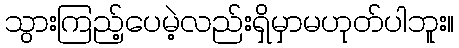
သွားကြည့်ပေမဲ့လည်းရှိမှာမဟုတ်ပါဘူး။